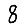
Digit: 8